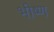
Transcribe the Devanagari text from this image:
भीष्ण